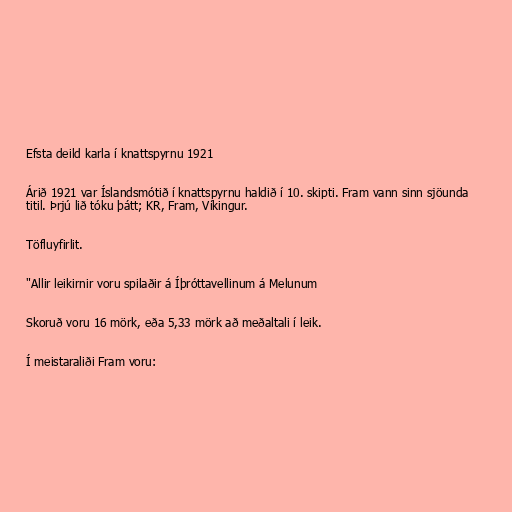
Efsta deild karla í knattspyrnu 1921

Árið 1921 var Íslandsmótið í knattspyrnu haldið í 10. skipti. Fram vann sinn sjöunda
titil. Þrjú lið tóku þátt; KR, Fram, Víkingur.

Töfluyfirlit.

"Allir leikirnir voru spilaðir á Íþróttavellinum á Melunum

Skoruð voru 16 mörk, eða 5,33 mörk að meðaltali í leik.

Í meistaraliði Fram voru: